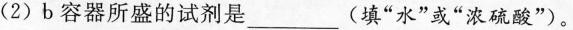
(2)b容器所盛的试剂是_(填“水”或“浓硫酸”)。